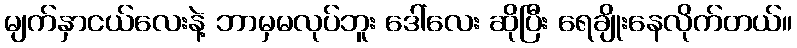
မျက်နှာငယ်လေးနဲ့ ဘာမှမလုပ်ဘူး ဒေါ်လေး ဆိုပြီး ရေချိုးနေလိုက်တယ်။